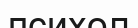
психол